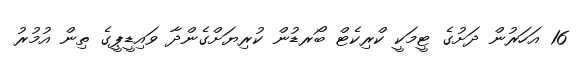
16 އަހަރުން ދަށުގެ ޓީމަކީ ކްރިކެޓް ބޯރޑުން ކުރިޔަށްގެންދާ ވައިޑީޕީގެ ތިން އުމުރު